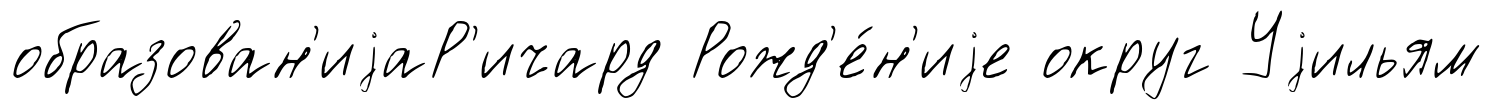
образован'иjаР'ичард Рожд'е́н'иjе округ Уjильям